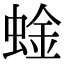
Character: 𫋆